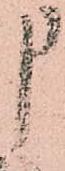
申